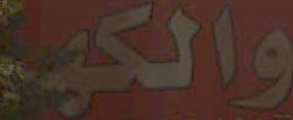
والكهـ